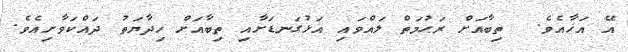
އޭ އަޚާއެވެ.  ތިބާއަށް ރަޙުމަތް ލައްވައި އަޅުގަނޑަށާއި ތިބާއަށް ހިދާޔަތު ދައްކަވާށިއެވެ.